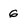
Character: 6